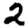
Digit: 2